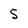
Character: 5